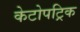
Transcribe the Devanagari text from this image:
केटोपट्रिक